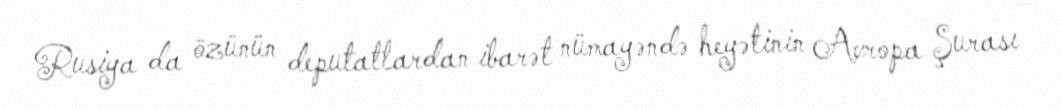
Rusiya da özünün deputatlardan ibarət nümayəndə heyətinin Avropa Şurası